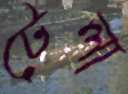
টেলা